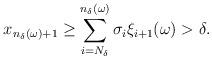
LaTeX: \begin{align*}x_{n_\delta(\omega)+1}\ge \sum_{i=N_\delta}^{n_\delta(\omega)} \sigma_i \xi_{i+1}(\omega)>\delta.\end{align*}